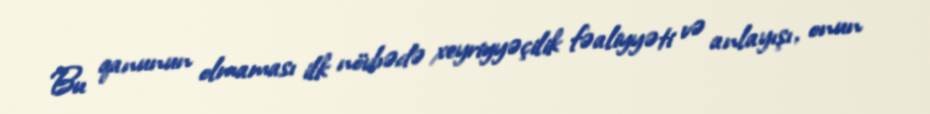
Bu qanunun olmaması ilk növbədə xeyriyyəçilik fəaliyyəti və anlayışı, onun